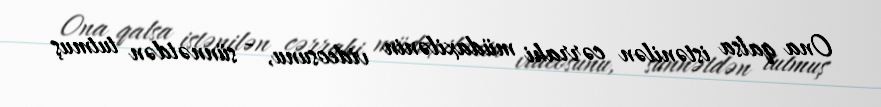
Ona qalsa istənilən cərrahi müdaxilənin videosunu, - sünnətdən tutmuş